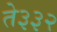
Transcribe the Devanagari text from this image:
ते३३२